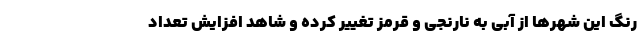
رنگ این شهرها از آبی به نارنجی و قرمز تغییر کرده و شاهد افزایش تعداد